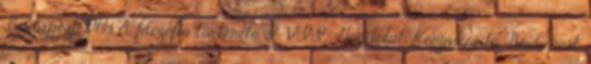
Budapest, 1965 A filozófia története I–VII., Gondolat Könyvkiadó, Budapest,